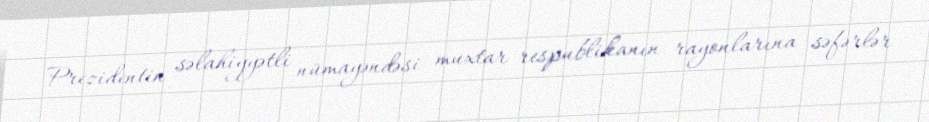
Prezidentin səlahiyyətli nümayəndəsi muxtar respublikanın rayonlarına səfərlər